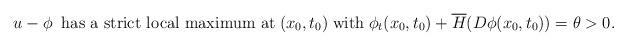
LaTeX: \begin{align*} u-\phi\;\;\textrm{has a strict local maximum at}\;(x_0,t_0)\;\textrm{with}\;\phi_t(x_0,t_0)+\overline{H}(D\phi(x_0,t_0))=\theta>0.\end{align*}